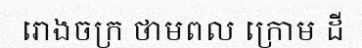
រោងចក្រ ថាមពល ក្រោម ដី